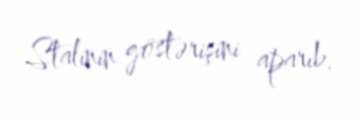
Stalinin göstərişini aparıb.